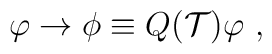
\varphi \to \phi \equiv Q({\cal T})\varphi~,